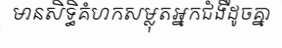
មានសិទ្ធិគំហកសម្លុតអ្នកជំងឺដូចគ្នា